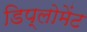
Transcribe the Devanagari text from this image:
डिप्लोमेंट